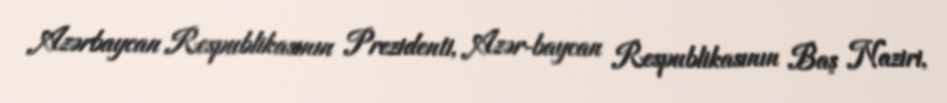
Azərbaycan Respublikasının Prezidenti, Azər­baycan Respublikasının Baş Naziri,